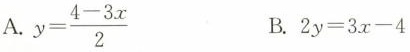
A.$$y = \frac { 4 - 3 x } { 2 }$$ B.$$2 y = 3 x - 4$$